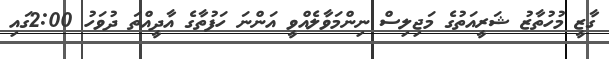
ގާޒީ މުހުތާޒު ޝަރީއަތުގެ މަޖިލިސް ނިންމަވާލެއްވީ އަންނަ ހަފުތާގެ އާދީއްތަ ދުވަހު 2:00ގައި